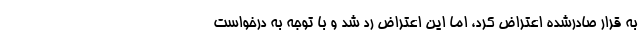
به قرار صادرشده اعتراض کرد، اما این اعتراض رد شد و با توجه به درخواست